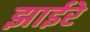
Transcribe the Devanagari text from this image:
झाईरे